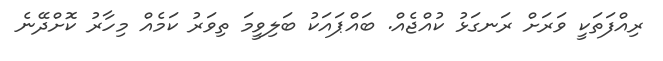
ރިއްފަތަކީ ވަރަށް ރަނގަޅު ކުއްޖެއް. ބައްޕައަކު ބަލިވީމަ ތިވަރު ކަމެއް މިހާރު ކޮށްދޭނެ